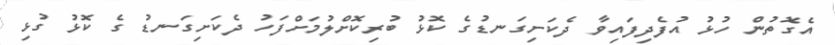
އެގޮތުން ހުޅު އުފެދިފައިވާ ދެކަށިގަނޑުގެ ކޮޅު ބުރިކޮށްލުމަށްފަހު ދެކަށިގަނޑު ގެ ކޮޅު ގުޅި